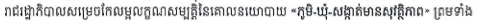
រាជរដ្ឋាភិបាលបានសម្រេចកែលម្អលក្ខណសម្បត្តិនៃគោលនយោបាយ <<ភូមិ-ឃុំ-សង្កាត់មានសុវត្ថិភាព>> ព្រមទាំង